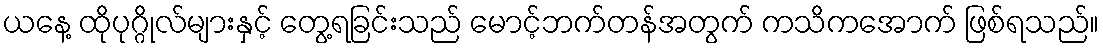
ယနေ့ ထိုပုဂ္ဂိုလ်များနှင့် တွေ့ရခြင်းသည် မောင့်ဘက်တန်အတွက် ကသိကအောက် ဖြစ်ရသည်။